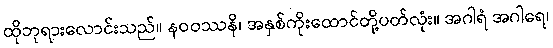
ထိုဘုရားလောင်းသည်။ နဝဝဿနိ၊ အနှစ်ကိုးထောင်တို့ပတ်လုံး။ အဂါရံ အဂါရေ၊